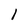
Character: 1